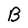
Character: B